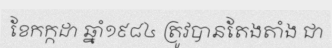
ខែកក្កដា ឆ្នាំ១៩៨៤ ត្រូវបានតែងតាំង ជា